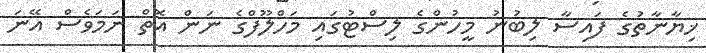
ޚިޔާނާތުގެ ފައިސާ ލިބުނު މީހުންގެ ލިސްޓުގައި މަހްލޫފްގެ ނަން އޮތް ނަމަވެސް އޭނަ